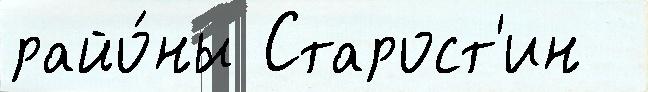
райо́ны Старост'ин